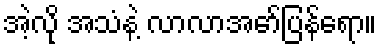
အဲ့လို အသံနဲ့ လာလာအော်ပြန်ရော။